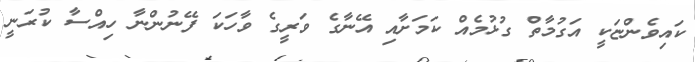
ކައިވެންޏަކީ އަގުމާތް ގުޅުމެއް ކަމަށާއި އޭނާގެ ވަރީގެ ވާހަކަ ފޭނުންނާ ހިއްސާ ކުރަނީ